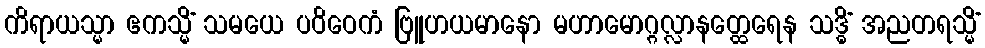
ကိရာယသ္မာ ဧကသ္မိံ သမယေ ပဝိဝေကံ ဗြူဟယမာနော မဟာမောဂ္ဂလ္လာနတ္ထေရေန သဒ္ဓိံ အညတရသ္မိံ